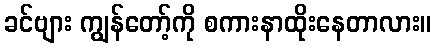
ခင်ဗျား ကျွန်တော့်ကို စကားနာထိုးနေတာလား။